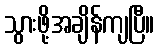
သွားဖို့အချိန်ကျပြီ။